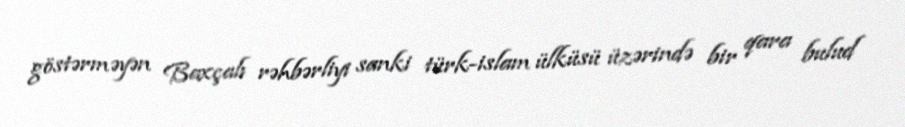
göstərməyən Baxçalı rəhbərliyi sanki türk-islam ülküsü üzərində bir qara bulud